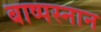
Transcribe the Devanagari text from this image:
बाष्पस्नान